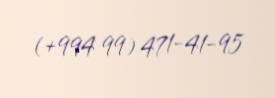
(+994 99) 471-41-95